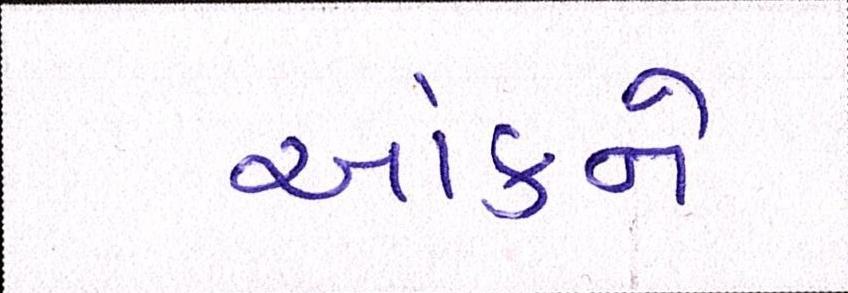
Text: આંકને